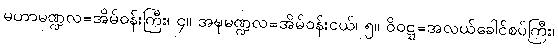
မဟာမဏ္ဍလ=အိမ်ဝန်းကြီး၊ ၄။ အဍ္ဎမဏ္ဍလ=အိမ်ဝန်းငယ်၊ ၅။ ဝိဝဋ္ဋ=အလယ်ခေါင်စပ်ကြီး၊